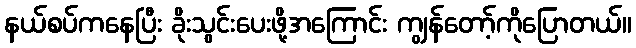
နယ်စပ်ကနေပြီး ခိုးသွင်းပေးဖို့အကြောင်း ကျွန်တော့်ကိုပြောတယ်။